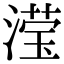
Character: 滢